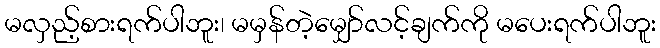
မလှည့်စားရက်ပါဘူး၊ မမှန်တဲ့မျှော်လင့်ချက်ကို မပေးရက်ပါဘူး